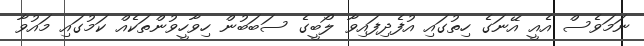
ނަމަވެސް އެއީ އޭނަގެ ހިތުގައި އުފެދިފައިވާ ލޯބީގެ ސަބަބުން ހިވާހީވުންތަކެއް ކަމުގައި މައުވާ